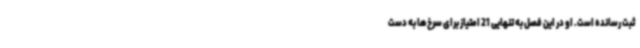
ثبت رسانده است. او در این فصل به تنهایی 21 امتیاز برای سرخ‌ها به دست